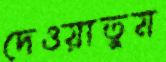
দেওয়াতুম